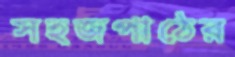
সহজপাঠের